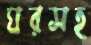
ঘরসহ